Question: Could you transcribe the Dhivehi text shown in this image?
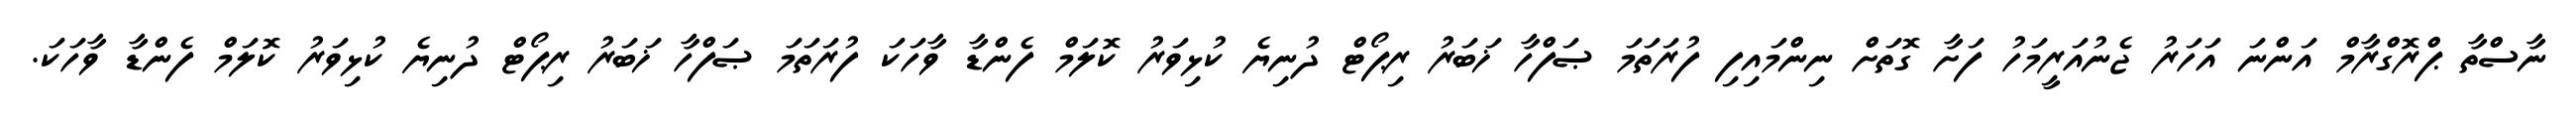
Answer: ނާސްތާ ޕްރޮގްރާމް އަންނަ އަހަރު ޖެނުއަރީމަހު ފަށާ ގޮތަށް ނިންމައިފި ފުރަތަމަ ޞަފްހާ ޚަބަރު ރިޕޯޓް ދުނިޔެ ކުޅިވަރު ކޮލަމް ފެންޑާ ވާހަކަ ފުރަތަމަ ޞަފްހާ ޚަބަރު ރިޕޯޓް ދުނިޔެ ކުޅިވަރު ކޮލަމް ފެންޑާ ވާހަކަ.